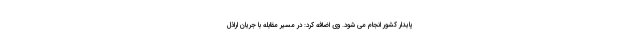
پایدار کشور انجام می شود. وی اضافه کرد: در مسیر مقابله با جریان اراذل